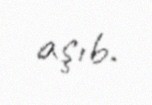
aşıb.